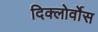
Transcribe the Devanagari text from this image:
दिक्लोर्वोस